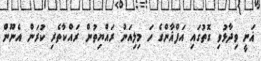
ޣަނީ ވިދާޅުވި ގޮތުގައި އަފްޣާންގެ ހަ މިލިއަން ރައްޔިތުން ރައްކާތެރި ކުރަން އެނޫން